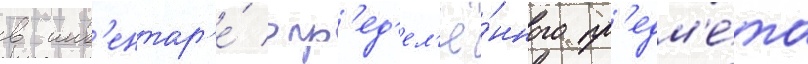
в инв'ентар'е́ опр'ед'ел'ё́нного пр'едм'е́та